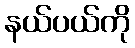
နယ်ပယ်ကို